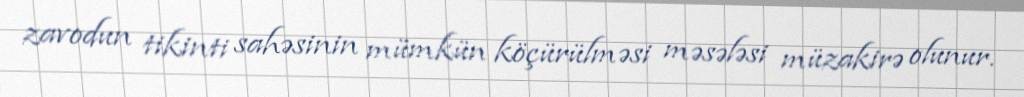
zavodun tikinti sahəsinin mümkün köçürülməsi məsələsi müzakirə olunur.